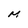
Character: M